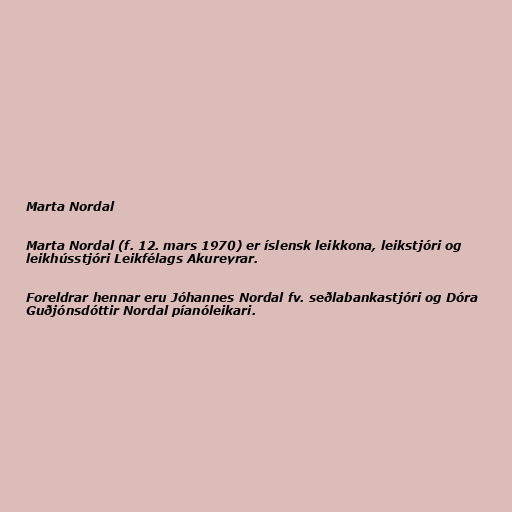
Marta Nordal

Marta Nordal (f. 12. mars 1970) er íslensk leikkona, leikstjóri og
leikhússtjóri Leikfélags Akureyrar.

Foreldrar hennar eru Jóhannes Nordal fv. seðlabankastjóri og Dóra
Guðjónsdóttir Nordal píanóleikari.